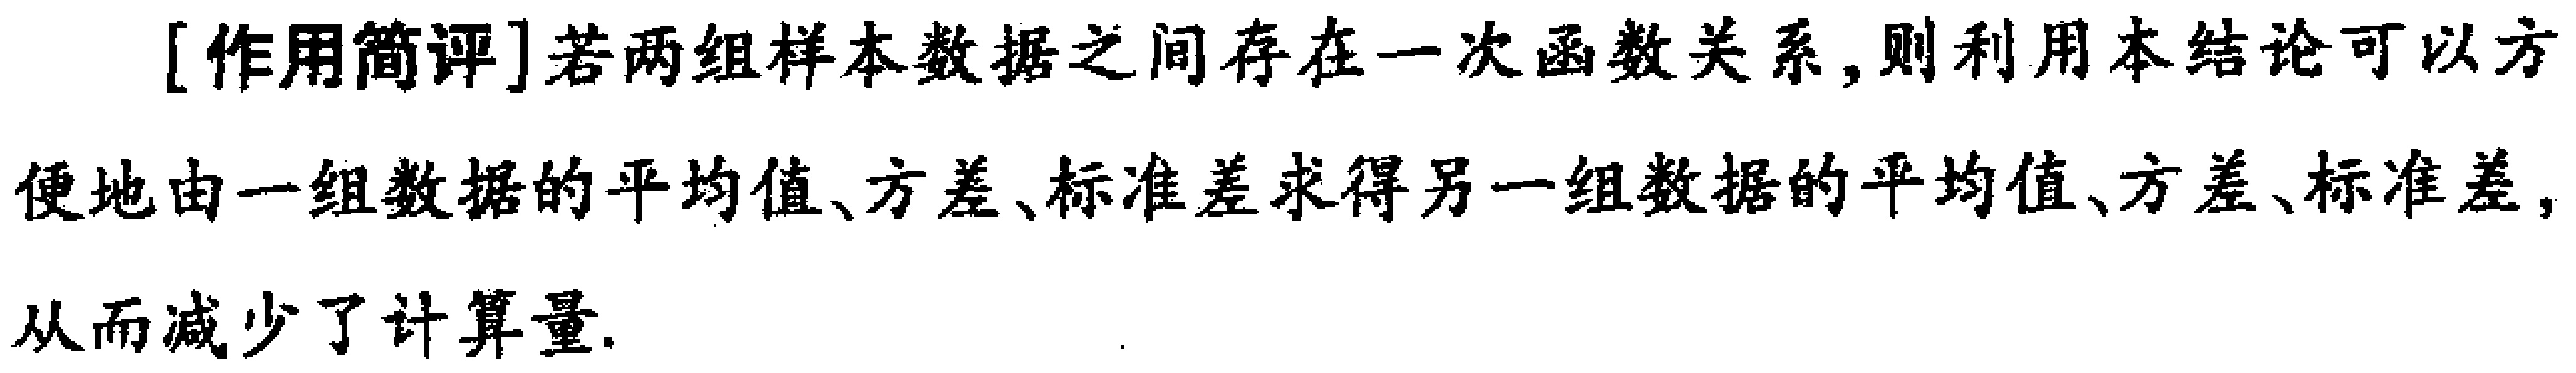
[作用简评]若两组样本数据之间存在一次函数关系,则利用本结论可以方便地由一组数据的平均值、方差、标准差求得另一组数据的平均值、方差、标准差,从而减少了计算量.